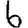
Digit: 6